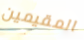
المقيمين